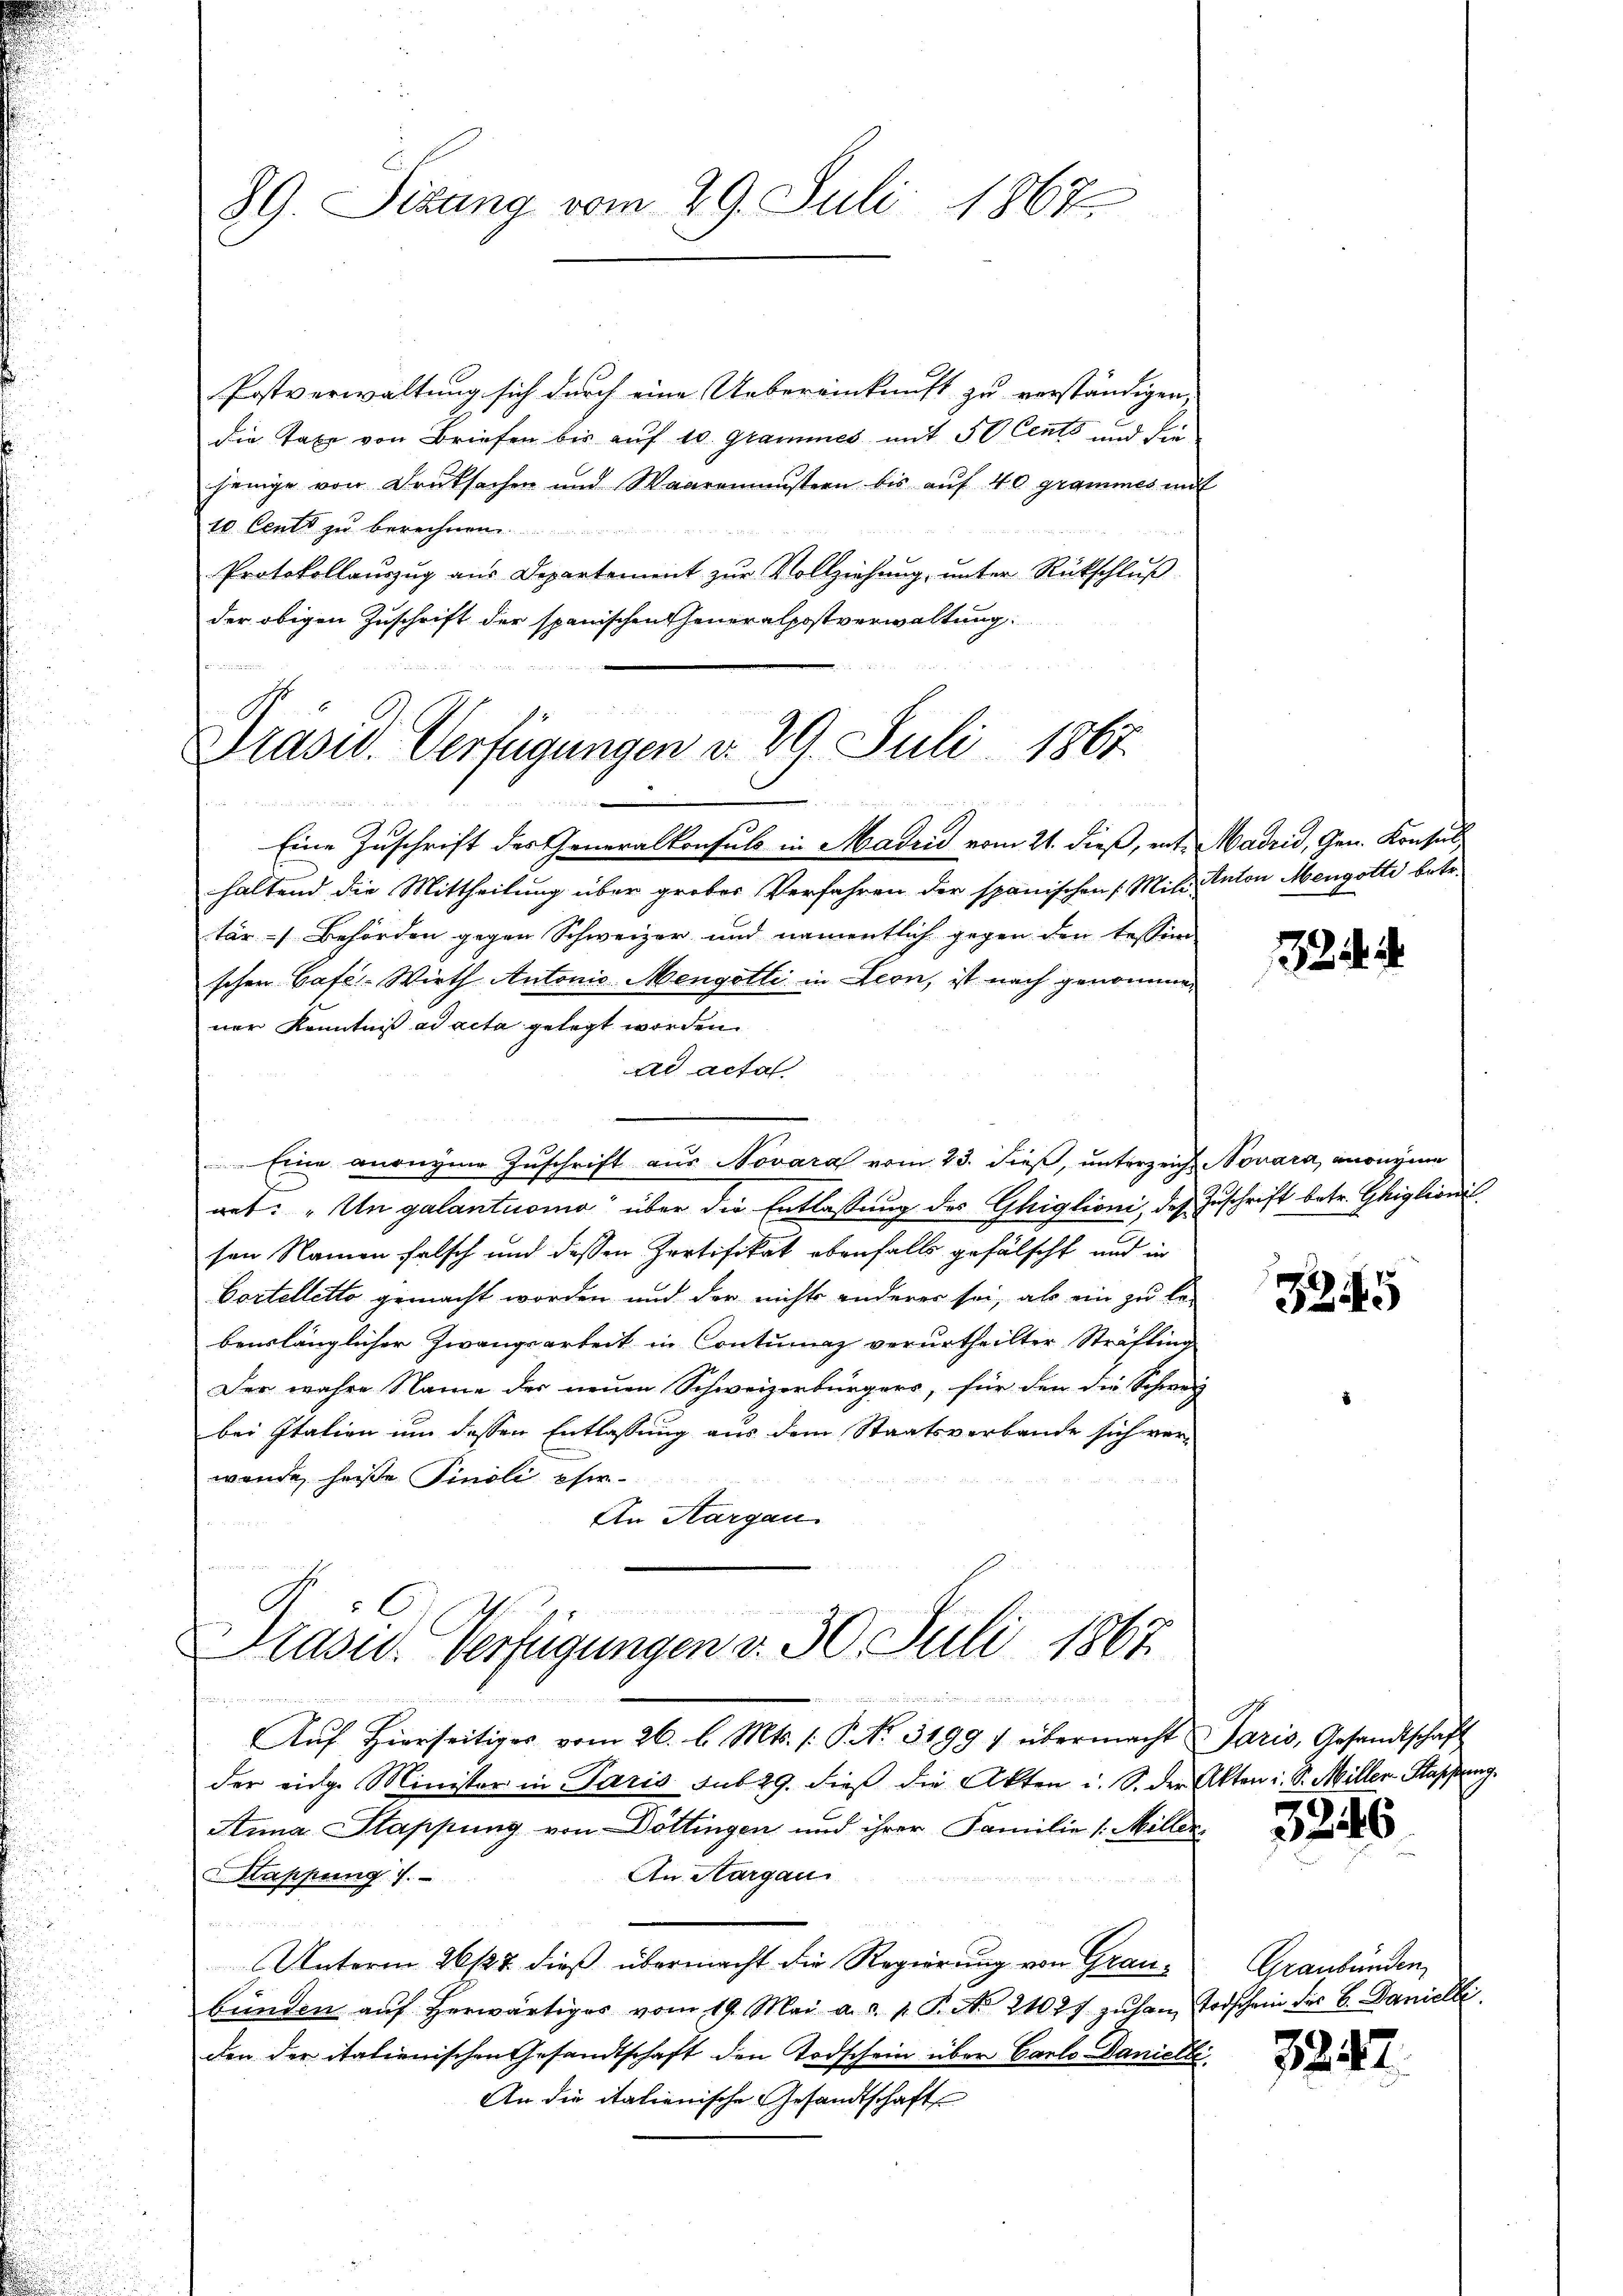
89. Sizung vom 29. Juli 1867

Prasw. Verfügungen d. 29. Juli 1867.
a

Postverwaltung sich durch eine Uebereinkunft zu verständigen,
die Taxe von Briefen bis auf 10. Grammes mit 50 Cents und die
jeinge von Deutsachen und Waaremustern bis auf 40 grammes mit
10 Cents zu be
Protokollauszug aus Departement zŭr Vollziehung, unter Rückschlŭβ
der obigen Zuschrift der spanischen Generalpostverwaltung

Eine Zuschrift des Generalkonsuls in Madrid vom 21. dieß, ent. Madrid, Gen. Konsul
haltend die Mittheilung über grobes Verfahren der spanischen (Mit Anton Mengotte betr.
tär-Behörden gegen Schweizer und namentlich gegen den tessen
schen Cafe-Wirth Antonio Mengotti in Leon, ist nach genommener Kenntniß ad acta gelegt worden.
ad actat
e
Eine anonyme Zuschrift aus Novara vom 23. dieß, unterzeich Novara, anonyme
net: „Un galantuomo über die Entlaßung des Gliglioni, des Zuschrift betr. Ghiglionis
sen Namen falsch und dessen Pertifikat ebenfalls gefälscht und in
Cortelletto gemacht worden und der nichts anderer sei, als ein zu be-
benslänglicher Zwangsarbeit in Contumaz verurtheilter Sträfling
Der wahre Name der neuen Schweizerbürgers, für den die Schweiz
bei Italien um dessen Entlassung aus dem Staatsverbande sich ver-
wende heiße findli eher-
An Aargau
.
d Bratt d. M. M.

Präsid. Verfügungen d. 30. Juli 1867

.

Aŭf Hierseitiges vom 26. l. Mts. /: P. Nr. 31991 übermacht Paris, Gesandtschaft
der eidg. Minister in Paris sub 29. dieβ die Akten u. S. der Akten i. S. Miller-Hassung.
Anna Stappung von Döttingen und ihrer Familie /: Miller¬
An Aargau
Happung 1.
Unterm 26/27. dieß übermacht die Regierung von Graubünden aŭf herwärtiges vom 19. Mai a. d. 1. Pct. 21027 zŭhan Todschein der B. Danielle
den der italienischen Gesandtschaft den Todschein über Carlo Danielle.
An die italienische Gesandtschaft

24

3245

32.

3242

6

Graubünden